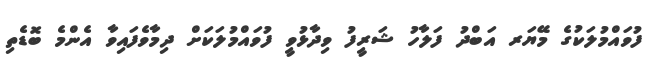
ފުވައްމުލަކުގެ މޭޔަރ އަބްދު ފަލާހު ޝަރީފު ވިދާޅުވީ ފުވައްމުލަކަށް ދިމާވެފައިވާ އެންމެ ބޮޑެތި